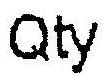
QTY